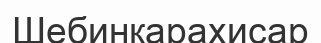
Шебинкарахисар